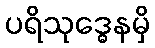
ပရိသုဒ္ဓေနမှိ